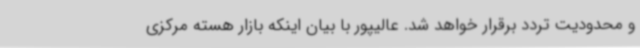
و محدودیت تردد برقرار خواهد شد. عالیپور با بیان اینکه بازار هسته مرکزی